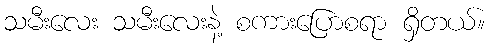
သမီးလေး သမီးလေးနဲ့ စကားပြောစရာ ရှိတယ်။